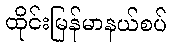
ထိုင်းမြန်မာနယ်စပ်